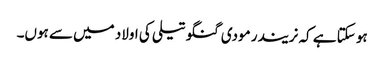
ہو سکتا ہے کہ نریندر مودی گنگو تیلی کی اولاد میں سے ہوں۔